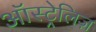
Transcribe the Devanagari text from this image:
ऑस्ट्रेलिज़